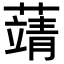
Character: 𦽴